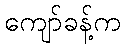
ကျော်ခန့်က